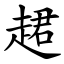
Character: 䞫